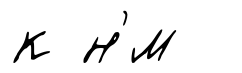
к н'́м